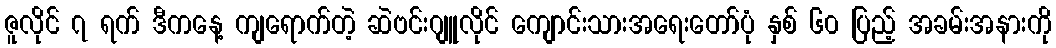
ဇူလိုင် ၇ ရက် ဒီကနေ့ ကျရောက်တဲ့ ဆဲဗင်းဂျူလိုင် ကျောင်းသားအရေးတော်ပုံ နှစ် ၆၀ ပြည့် အခမ်းအနားကို